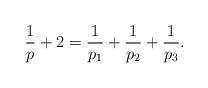
LaTeX: \begin{align*}\frac 1p + 2 = \frac{1}{p_1}+ \frac{1}{p_2}+ \frac{1}{p_3}.\end{align*}